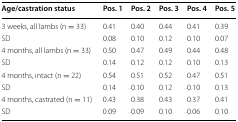
<table><thead><tr><td><b>Age/castration status</b></td><td><b>Pos. 1</b></td><td><b>Pos. 2</b></td><td><b>Pos. 3</b></td><td><b>Pos. 4</b></td><td><b>Pos. 5</b></td></tr></thead><tbody><tr><td>3 weeks, all lambs (n = 33)</td><td>0.41</td><td>0.40</td><td>0.44</td><td>0.41</td><td>0.39</td></tr><tr><td>SD</td><td>0.08</td><td>0.10</td><td>0.12</td><td>0.10</td><td>0.07</td></tr><tr><td>4 months, all lambs (n = 33)</td><td>0.50</td><td>0.47</td><td>0.49</td><td>0.44</td><td>0.48</td></tr><tr><td>SD</td><td>0.14</td><td>0.12</td><td>0.12</td><td>0.10</td><td>0.13</td></tr><tr><td>4 months, intact (n = 22)</td><td>0.54</td><td>0.51</td><td>0.52</td><td>0.47</td><td>0.51</td></tr><tr><td>SD</td><td>0.14</td><td>0.10</td><td>0.12</td><td>0.10</td><td>0.13</td></tr><tr><td>4 months, castrated (n = 11)</td><td>0.43</td><td>0.38</td><td>0.43</td><td>0.37</td><td>0.41</td></tr><tr><td>SD</td><td>0.09</td><td>0.09</td><td>0.10</td><td>0.06</td><td>0.10</td></tr></tbody></table>